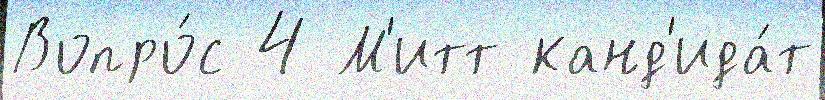
Вопро́с 4 М'итт канд'ида́т